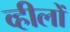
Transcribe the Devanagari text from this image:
व्हीलों